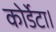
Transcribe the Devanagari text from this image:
कोर्डेटा।